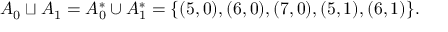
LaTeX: A _ { 0 } \sqcup A _ { 1 } = A _ { 0 } ^ { * } \cup A _ { 1 } ^ { * } = \{ ( 5 , 0 ) , ( 6 , 0 ) , ( 7 , 0 ) , ( 5 , 1 ) , ( 6 , 1 ) \} .